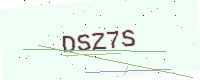
Text: DSZ7S